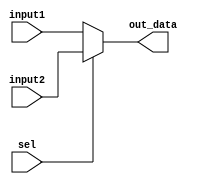
module mux(
  input   [31:0]    input1,
  input   [31:0]    input2,
  input             sel,
  output  [31:0]    out_data
);

  assign  out_data = (sel == 0) ? input1 : input2;

endmodule